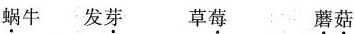
蜗牛 发芽 草莓 蘑菇